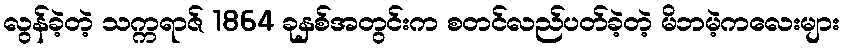
လွန်ခဲ့တဲ့ သက္ကရာဇ် 1864 ခုနှစ်အတွင်းက စတင်လည်ပတ်ခဲ့တဲ့ မိဘမဲ့ကလေးများ